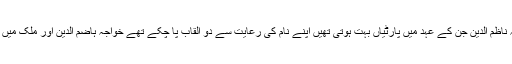
ان کے مسند شاہی پر براجمان ہونے سے قبل ان سے قبل خواجہ ناظم الدین جن کے عہد میں پارٹیاں بہت ہوتی تھیں اپنے نام کی رعایت سے دو القاب پا چکے تھے خواجہ ہاضم الدین اور ملک میں گیہوں اور آٹے کے بحران کی وجہ سے قائد قلت کہلاتے تھے۔